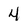
Character: 4